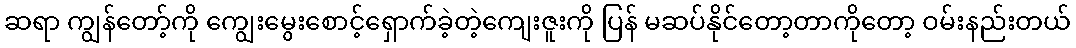
ဆရာ ကျွန်တော့်ကို ကျွေးမွေးစောင့်ရှောက်ခဲ့တဲ့ကျေးဇူးကို ပြန် မဆပ်နိုင်တော့တာကိုတော့ ဝမ်းနည်းတယ်